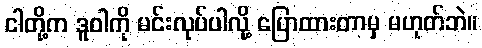
ငါတို့က ဒူဝါကို မင်းလုပ်ပါလို့ ပြောထားတာမှ မဟုတ်ဘဲ။